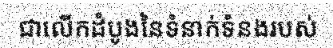
ជាលើកដំបូងនៃទំនាក់ទំនងរបស់